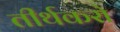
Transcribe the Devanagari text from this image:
तीर्थकरो